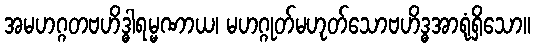
အမဟဂ္ဂတဗဟိဒ္ဓါရမ္မဏာယ၊ မဟဂ္ဂုတ်မဟုတ်သောဗဟိဒ္ဓအာရုံရှိသော။